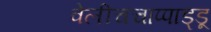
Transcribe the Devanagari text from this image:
वेलीचचाप्पाड्डू